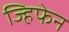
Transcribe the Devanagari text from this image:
ज्हिफेन